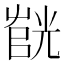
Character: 𫵰